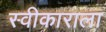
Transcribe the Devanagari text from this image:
स्वीकाराला